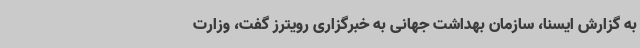
به گزارش ایسنا، سازمان بهداشت جهانی به خبرگزاری رویترز گفت، وزارت